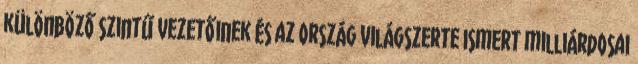
különböző szintű vezetőinek és az ország világszerte ismert milliárdosai